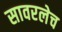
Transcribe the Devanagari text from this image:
सावरलेच